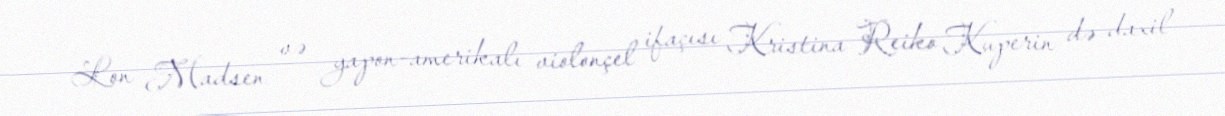
Lon Madsen və yapon-amerikalı violonçel ifaçısı Kristina Reiko Kuperin də daxil